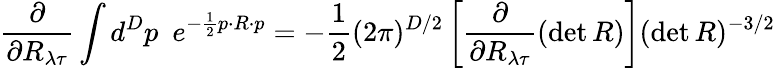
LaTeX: \frac{\partial}{\partial R_{{\lambda}{\tau}}}\int d^{D}p\, \, \, e^{-\frac{1}{2}p\cdot R\cdot p}=-\frac{1}{2}(2\pi)^{D/2}\left[\frac{\partial}{\partial R_{{\lambda}{\tau}}}(\operatorname*{det}R)\right](\operatorname*{det}R)^{-3/2}